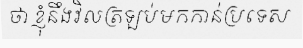
ថា ខ្ញុំនឹងវិលត្រឡប់មកកាន់ប្រទេស